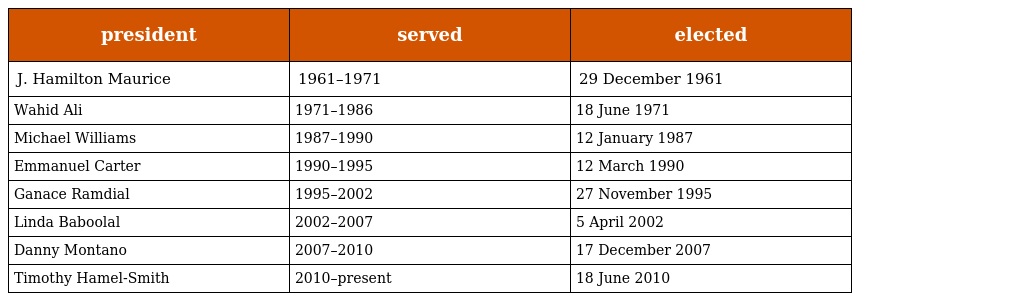
| president | served | elected |
 | --- | --- | --- |
 | J. Hamilton Maurice | 1961–1971 | 29 December 1961 |
 | Wahid Ali | 1971–1986 | 18 June 1971 |
 | Michael Williams | 1987–1990 | 12 January 1987 |
 | Emmanuel Carter | 1990–1995 | 12 March 1990 |
 | Ganace Ramdial | 1995–2002 | 27 November 1995 |
 | Linda Baboolal | 2002–2007 | 5 April 2002 |
 | Danny Montano | 2007–2010 | 17 December 2007 |
 | Timothy Hamel-Smith | 2010–present | 18 June 2010 |